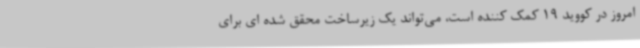
امروز در کووید 19 کمک کننده است، می‌تواند یک زیرساخت محقق شده ای برای